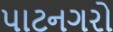
પાટનગરો